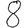
Digit: 8